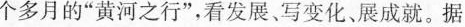
个多月图一的”黄河之行”，看发展写变化展成就。据